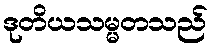
ဒုတိယသမ္မတသည်